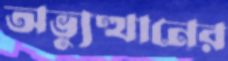
অভ্যুত্থানের